Leaving Certificate Examination, 1922
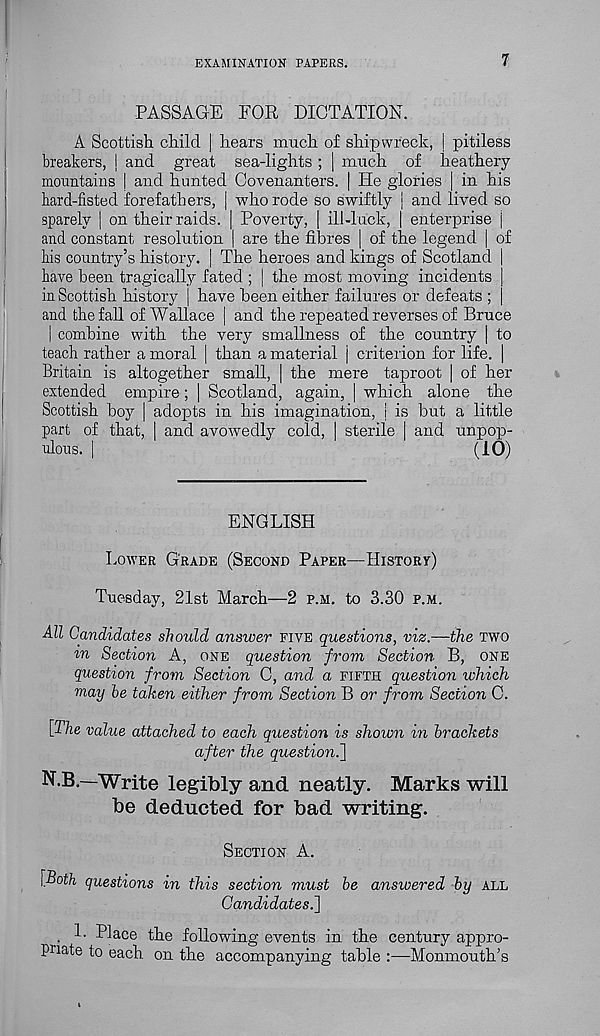
EXAMINATION PAPERS.
7
PASSAGE FOR DICTATION.
A Scottish child | hears much of shipwreck, | pitiless
breakers, ] and great sea-lights ; | much of heathery
mountains | and hunted Covenanters. | He glories | in his
bard-fisted forefathers, | who rode so swiftly j and lived so
sparely | on their raids. | Poverty, | ill-luck, | enterprise j
and constant resolution | are the fibres | of the legend | of
bis country’s history. | The heroes and kings of Scotland
have been tragically fated ; j the most moving incidents
in Scottish history | have been either failures or defeats ;
and the fall of Wallace | and the repeated reverses of Bruce
| combine with the very smallness of the country | to
teach rather a moral [ than a material j criterion for life. |
Britain is altogether small, | the mere taproot | of her
extended empire; | Scotland, again, | which alone the
Scottish boy | adopts in his imagination, j is but a little
part of that, | and avowedly cold, | sterile | and unpop-
ulous. |
(10)
ENGLISH
LOWER GRADE (SECOND PAPER—HISTORY)
Tuesday, 21st March—2 P.M. to 3.30 P.M.
All Candidates should answer FIVE questions, viz.—the TWO
Section A, ONE question from Section B, ONE
question from Section 0, and a FIFTH question which
may he taken either from Section B or from Section 0.
[The value attached to each question is shown in brackets
after the question.]
N.B.—Write legibly and neatly. Marks will
be deducted for bad writing.
SECTION A.
[Both questions in this section must be answered by ALL
Candidates.]
. 1- PHce the following events in the century appro-
priate to each, on the accompanying table :■—-Monmouth’s